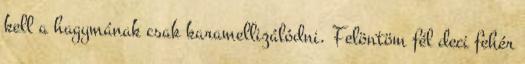
kell a hagymának csak karamellizálódni. Felöntöm fél deci fehér